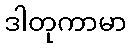
ဒါတုကာမာ